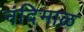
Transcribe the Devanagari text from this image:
नंदिमाळ